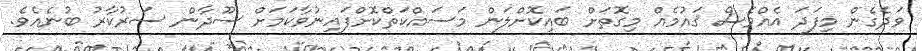
ވަދެގެން މިފަދަ އެއްވެސް ޤައުމެއް މިގޮތަށް ބައިކޮށްލަން މަސައްކަތްކޮށްފައިނުވާކަމަށް ސޫދާން ސަރުކާރު ބުނެއެވެ.